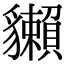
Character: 𧴡